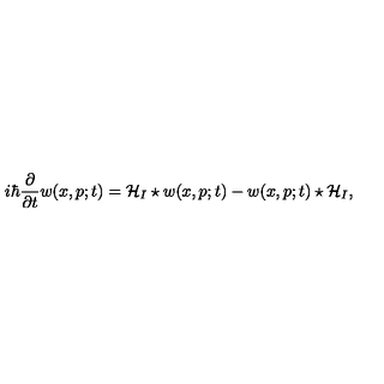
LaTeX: i \hbar \frac { \partial } { \partial t } w ( x , p ; t ) = { \cal H } _ { I } \star w ( x , p ; t ) - w ( x , p ; t ) \star { \cal H } _ { I } ,